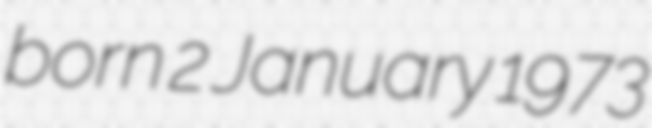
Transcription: born 2 January 1973